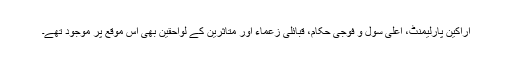
اراکین پارلیمنٹ، اعلیٰ سول و فوجی حکام، قبائلی زعماء اور متاثرین کے لواحقین بھی اس موقع پر موجود تھے۔